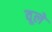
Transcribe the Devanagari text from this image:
वूले